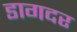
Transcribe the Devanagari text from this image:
डागदर